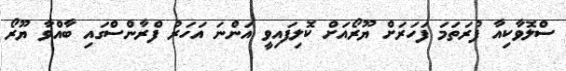
ސްލޮވާކިއާ ފުރަތަމަ ފަހަރަށް ޔޫރޯއަށް ކޮލިފައިވީ އަންނަ އަހަރު ފްރާންސްގައި ބާއްވާ ޔޫރޯ